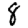
Digit: 8